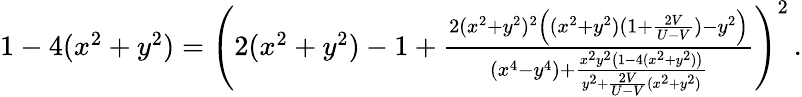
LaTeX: \begin{array}{r}{1-4(x^{2}+y^{2})=\Bigg(2(x^{2}+y^{2})-1+\frac{2(x^{2}+y^{2})^{2}\Big((x^{2}+y^{2})(1+\frac{2V}{U-V})-y^{2}\Big)}{(x^{4}-y^{4})+\frac{x^{2}y^{2}\big(1-4(x^{2}+y^{2})\big)}{y^{2}+\frac{2V}{U-V}(x^{2}+y^{2})}}\Bigg)^{2}\, .}\end{array}